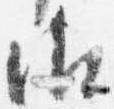
御